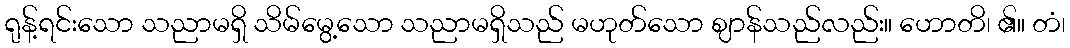
ရုန့်ရင်းသော သညာမရှိ သိမ်မွေ့သော သညာမရှိသည် မဟုတ်သော ဈာန်သည်လည်း။ ဟောတိ၊ ၏။ တံ၊